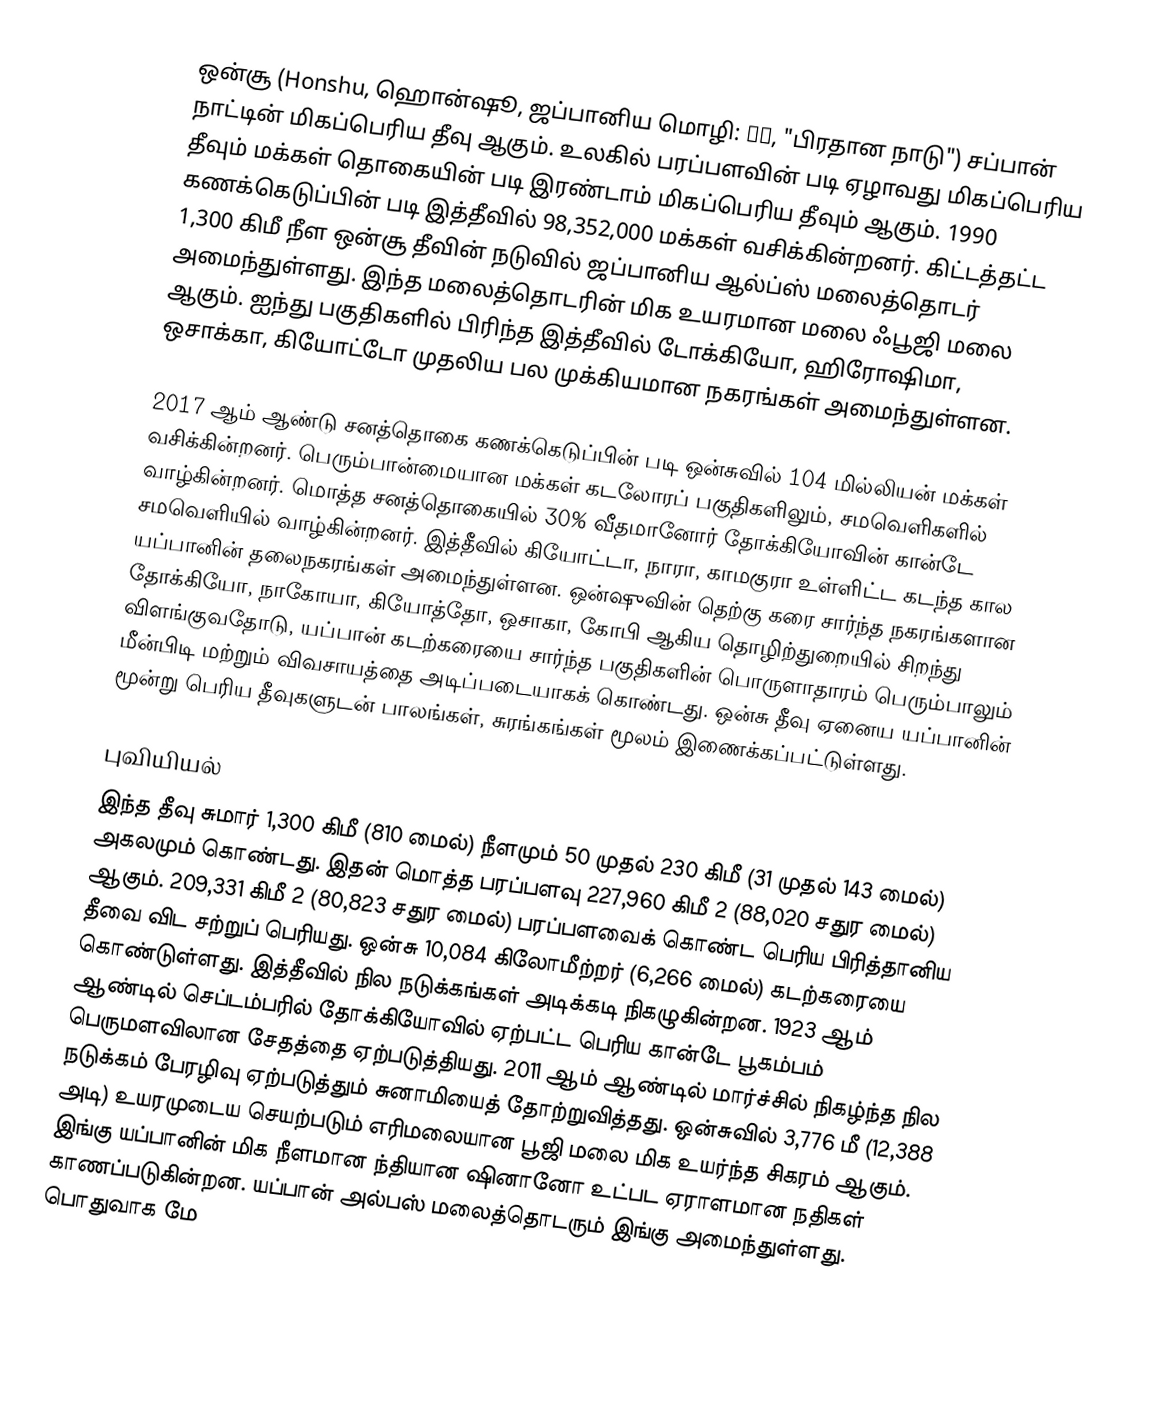
ஒன்சூ (Honshu, ஹொன்ஷூ, ஜப்பானிய மொழி: 本州, "பிரதான நாடு") சப்பான் நாட்டின் மிகப்பெரிய தீவு ஆகும். உலகில் பரப்பளவின் படி ஏழாவது மிகப்பெரிய தீவும் மக்கள் தொகையின் படி இரண்டாம் மிகப்பெரிய தீவும் ஆகும். 1990 கணக்கெடுப்பின் படி இத்தீவில் 98,352,000 மக்கள் வசிக்கின்றனர். கிட்டத்தட்ட 1,300 கிமீ நீள ஒன்சூ தீவின் நடுவில் ஜப்பானிய ஆல்ப்ஸ் மலைத்தொடர் அமைந்துள்ளது. இந்த மலைத்தொடரின் மிக உயரமான மலை ஃபூஜி மலை ஆகும். ஐந்து பகுதிகளில் பிரிந்த இத்தீவில் டோக்கியோ, ஹிரோஷிமா, ஒசாக்கா, கியோட்டோ முதலிய பல முக்கியமான நகரங்கள் அமைந்துள்ளன.

2017 ஆம் ஆண்டு சனத்தொகை கணக்கெடுப்பின் படி ஒன்சுவில் 104 மில்லியன் மக்கள் வசிக்கின்றனர். பெரும்பான்மையான மக்கள் கடலோரப் பகுதிகளிலும், சமவெளிகளில் வாழ்கின்றனர். மொத்த சனத்தொகையில் 30% வீதமானோர் தோக்கியோவின் கான்டே சமவெளியில் வாழ்கின்றனர்.  இத்தீவில் கியோட்டா, நாரா, காமகுரா உள்ளிட்ட கடந்த கால யப்பானின் தலைநகரங்கள் அமைந்துள்ளன. ஒன்ஷுவின்  தெற்கு கரை சார்ந்த நகரங்களான தோக்கியோ, நாகோயா, கியோத்தோ, ஒசாகா, கோபி ஆகிய தொழிற்துறையில் சிறந்து விளங்குவதோடு, யப்பான் கடற்கரையை சார்ந்த பகுதிகளின் பொருளாதாரம் பெரும்பாலும் மீன்பிடி மற்றும் விவசாயத்தை அடிப்படையாகக் கொண்டது. ஒன்சு தீவு ஏனைய யப்பானின் மூன்று பெரிய தீவுகளுடன் பாலங்கள், சுரங்கங்கள் மூலம் இணைக்கப்பட்டுள்ளது.

புவியியல்
இந்த தீவு சுமார் 1,300 கிமீ (810 மைல்) நீளமும் 50 முதல் 230 கிமீ (31 முதல் 143 மைல்) அகலமும் கொண்டது. இதன் மொத்த பரப்பளவு 227,960 கிமீ 2 (88,020 சதுர மைல்) ஆகும். 209,331 கிமீ 2 (80,823 சதுர மைல்) பரப்பளவைக் கொண்ட பெரிய பிரித்தானிய தீவை விட சற்றுப் பெரியது. ஒன்சு 10,084 கிலோமீற்றர் (6,266 மைல்) கடற்கரையை கொண்டுள்ளது. இத்தீவில் நில நடுக்கங்கள் அடிக்கடி நிகழுகின்றன. 1923 ஆம் ஆண்டில் செப்டம்பரில் தோக்கியோவில் ஏற்பட்ட பெரிய கான்டே பூகம்பம் பெருமளவிலான சேதத்தை ஏற்படுத்தியது. 2011 ஆம் ஆண்டில் மார்ச்சில் நிகழ்ந்த நில நடுக்கம் பேரழிவு ஏற்படுத்தும் சுனாமியைத் தோற்றுவித்தது. ஒன்சுவில் 3,776 மீ (12,388 அடி) உயரமுடைய செயற்படும் எரிமலையான பூஜி மலை மிக உயர்ந்த சிகரம் ஆகும். இங்கு யப்பானின் மிக நீளமான ந்தியான ஷினானோ உட்பட ஏராளமான நதிகள் காணப்படுகின்றன. யப்பான் அல்பஸ் மலைத்தொடரும் இங்கு அமைந்துள்ளது. பொதுவாக மே